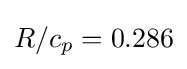
R/c_{p}=0.286